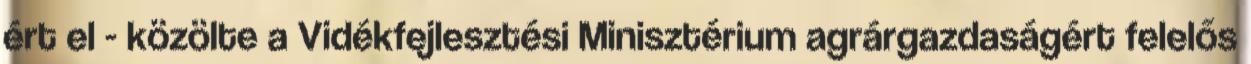
ért el - közölte a Vidékfejlesztési Minisztérium agrárgazdaságért felelős